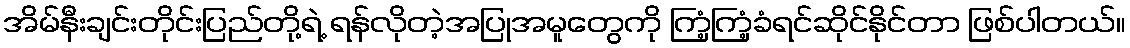
အိမ်နီးချင်းတိုင်းပြည်တို့ရဲ့ ရန်လိုတဲ့အပြုအမူတွေကို ကြံ့ကြံ့ခံရင်ဆိုင်နိုင်တာ ဖြစ်ပါတယ်။